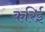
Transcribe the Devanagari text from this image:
करिई